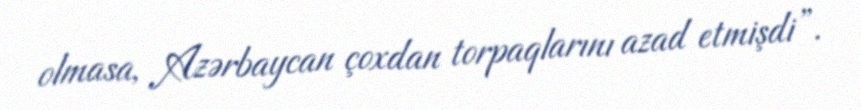
olmasa, Azərbaycan çoxdan torpaqlarını azad etmişdi”.